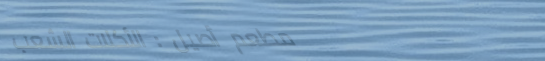
مطعم أصيل : الأكلات الشعب